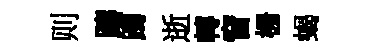
则躊躅逝轉窅栅蝎